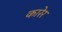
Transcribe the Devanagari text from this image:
कारेर